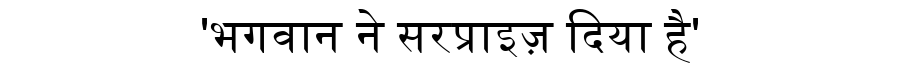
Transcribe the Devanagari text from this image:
'भगवान ने सरप्राइज़ दिया है'